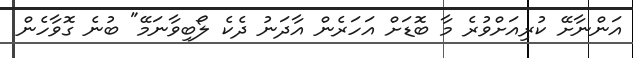
އަންނާށޭ ކުރިއަށްވުރެ މާ ބޮޑަށް އަހަރެން އާދަނު ދެކެ ލޯބިވާނަމޭ" ބުނެ ގޮވާހެން